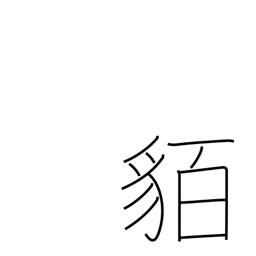
Meaning: barbarians